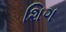
શિગ